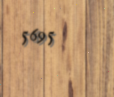
5695